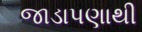
જાડાપણાથી